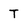
Character: T